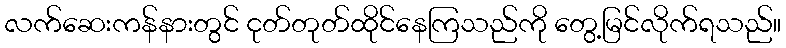
လက်ဆေးကန်နားတွင် ငုတ်တုတ်ထိုင်နေကြသည်ကို တွေ့မြင်လိုက်ရသည်။